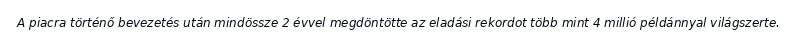
A piacra történő bevezetés után mindössze 2 évvel megdöntötte az eladási rekordot több mint 4 millió példánnyal világszerte.